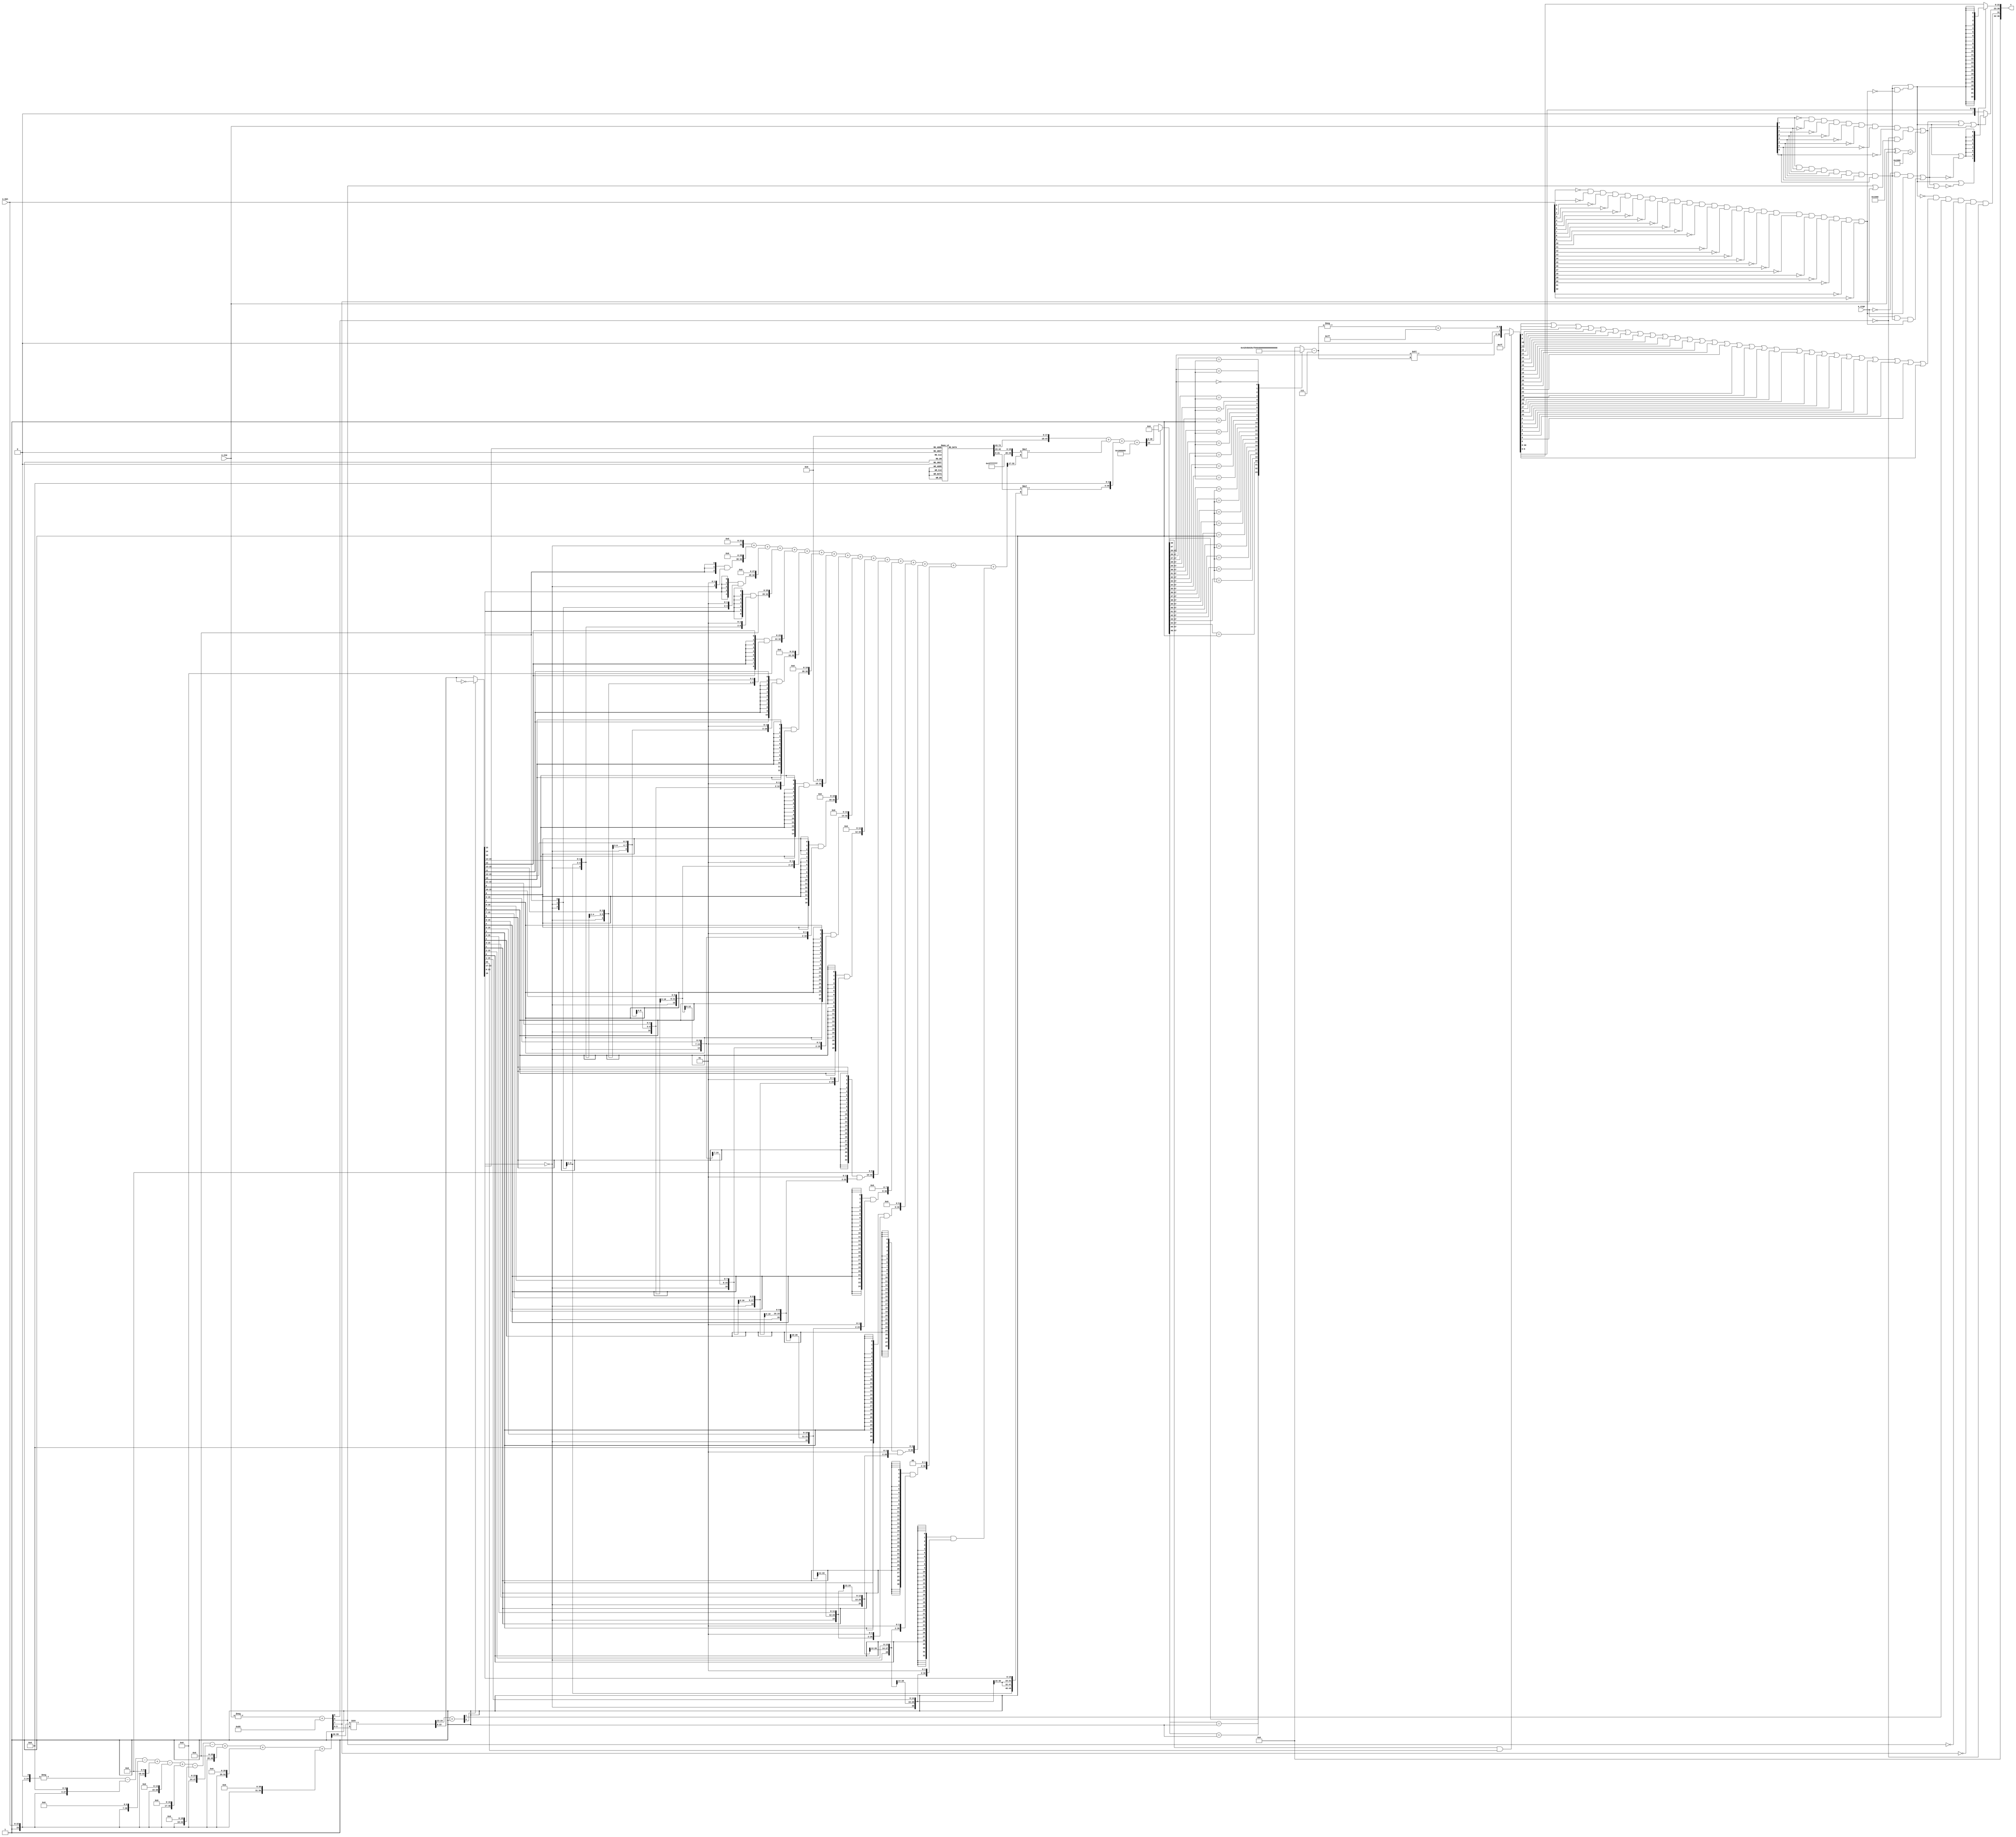
/*****************************************************************************
    Verilog RTL Description
    
    
    Created by: CellMath Designer 2019.1.01 
*******************************************************************************/

module cynw_cm_float_cos_E8_M23 (
	a_sign,
	a_exp,
	a_man,
	x
	); /* architecture "behavioural" */ 
input  a_sign;
input [7:0] a_exp;
input [22:0] a_man;
output [36:0] x;
wire  inst_cellmath__17,
	inst_cellmath__19,
	inst_cellmath__21,
	inst_cellmath__24;
wire [8:0] inst_cellmath__42;
wire  inst_cellmath__46;
wire [22:0] inst_cellmath__61;
wire  inst_cellmath__66,
	inst_cellmath__67,
	inst_cellmath__68,
	inst_cellmath__69,
	inst_cellmath__82;
wire [0:0] inst_cellmath__115__W1;
wire [29:0] inst_cellmath__195;
wire [20:0] inst_cellmath__197;
wire [32:0] inst_cellmath__198;
wire [49:0] inst_cellmath__200,
	inst_cellmath__201;
wire [30:0] inst_cellmath__210;
wire [4:0] inst_cellmath__215;
wire  inst_cellmath__219;
wire [7:0] inst_cellmath__228;
wire [22:0] inst_cellmath__231;
wire [31:0] inst_cellmath__237;
wire [0:0] inst_cellmath__46__15;
wire [2:0] inst_cellmath__58__24;
wire [0:0] inst_cellmath__83__62;
wire [20:0] inst_cellmath__197__131;
wire [31:0] inst_cellmath__211__183;
wire [5:0] inst_cellmath__211__182;
wire [53:0] inst_cellmath__220__188;
wire [6:0] inst_cellmath__221__195;
wire [0:0] inst_cellmath__223__208,
	inst_cellmath__223__199,
	inst_cellmath__224__213,
	inst_cellmath__224__212,
	inst_cellmath__225__215;
wire [7:0] inst_cellmath__226__218;
wire [0:0] inst_cellmath__228__231;
wire [55:0] inst_blk01_cellmath__39_56_0_;
wire [30:0] inst_cellmath__220_22_0__0;
wire [29:0] inst_cellmath__48_32_0_;
wire [30:0] inst_cellmath__220_22_0__2;
wire [1:0] inst_cellmath__231__242_0_0_0;
wire [72:0] inst_cellmath__195__80_0_0;
wire [23:0] inst_blk01_cellmath__39__12_10_0,
	inst_blk01_cellmath__39__12_10_1,
	inst_blk01_cellmath__39__12_10_2,
	inst_blk01_cellmath__39__12_10_3,
	inst_blk01_cellmath__39__12_10_4,
	inst_blk01_cellmath__39__12_10_5,
	inst_blk01_cellmath__39__12_10_6,
	inst_blk01_cellmath__39__12_10_7,
	inst_blk01_cellmath__39__12_10_8,
	inst_blk01_cellmath__39__12_10_9,
	inst_blk01_cellmath__39__12_10_10;
wire [16:0] inst_cellmath__113_0_0,
	inst_cellmath__113_0_1;
wire [1:0] inst_cellmath__116__W1_0_0_1_0,
	inst_cellmath__116__W1_0_0_1_1;

assign x[32] = 1'B0;

assign inst_blk01_cellmath__39__12_10_0 = {1'B1,a_man};

assign inst_blk01_cellmath__39__12_10_1 = {1'B1,a_man};

assign inst_blk01_cellmath__39__12_10_2 = {1'B1,a_man};

assign inst_blk01_cellmath__39__12_10_3 = {1'B1,a_man};

assign inst_blk01_cellmath__39__12_10_4 = {1'B1,a_man};

assign inst_blk01_cellmath__39__12_10_5 = {1'B1,a_man};

assign inst_blk01_cellmath__39__12_10_6 = {1'B1,a_man};

assign inst_blk01_cellmath__39__12_10_7 = {1'B1,a_man};

assign inst_blk01_cellmath__39__12_10_8 = {1'B1,a_man};

assign inst_blk01_cellmath__39__12_10_9 = {1'B1,a_man};

assign inst_blk01_cellmath__39__12_10_10 = {1'B1,a_man};

assign inst_blk01_cellmath__39_56_0_ = 
	-((inst_blk01_cellmath__39__12_10_9<<1))
	-((inst_blk01_cellmath__39__12_10_8<<4))
	-((inst_blk01_cellmath__39__12_10_7<<7))
	+((inst_blk01_cellmath__39__12_10_6<<10))
	-((inst_blk01_cellmath__39__12_10_5<<15))
	+((inst_blk01_cellmath__39__12_10_4<<17))
	-((inst_blk01_cellmath__39__12_10_3<<19))
	-((inst_blk01_cellmath__39__12_10_2<<24))
	+((inst_blk01_cellmath__39__12_10_1<<26))
	+((inst_blk01_cellmath__39__12_10_0<<29))
	+((inst_blk01_cellmath__39__12_10_10<<31));

assign inst_cellmath__42 = 
	-(a_exp)
	+(9'B010000101);

assign inst_cellmath__48_32_0_[24:0] = inst_blk01_cellmath__39_56_0_[55:26] >> inst_cellmath__42[5:0];

assign inst_cellmath__58__24[1:0] = 
	+(inst_cellmath__48_32_0_[24:23])
	+(2'B01);

reg [22:0] inst_cellmath__61_tmp_0;
assign inst_cellmath__61 = inst_cellmath__61_tmp_0;
always @ (inst_cellmath__58__24[0] or inst_cellmath__48_32_0_[22:0]) begin
	case (inst_cellmath__58__24[0])
		1'B0 : inst_cellmath__61_tmp_0 = inst_cellmath__48_32_0_[22:0] ;
		default : inst_cellmath__61_tmp_0 = ~inst_cellmath__48_32_0_[22:0] ;
	endcase
end

assign inst_cellmath__115__W1 = ~inst_cellmath__61[16];

assign inst_cellmath__116__W1_0_0_1_0 = {inst_cellmath__115__W1,inst_cellmath__61[15]};

assign inst_cellmath__116__W1_0_0_1_1 = {inst_cellmath__115__W1,inst_cellmath__61[15]};

assign inst_cellmath__113_0_0 = {inst_cellmath__116__W1_0_0_1_1,inst_cellmath__61[14:0]};

assign inst_cellmath__113_0_1 = {inst_cellmath__116__W1_0_0_1_0,inst_cellmath__61[14:0]};

reg [72:0] inst_cellmath__195__80_0_0_tmp_1;
assign inst_cellmath__195__80_0_0 = inst_cellmath__195__80_0_0_tmp_1;
always @ (inst_cellmath__61[22:17]) begin
	case (inst_cellmath__61[22:17])
		6'B000000 : inst_cellmath__195__80_0_0_tmp_1 = 73'B0000001100100100001110100100001111111000010000000001100100100001011000001 ;
		6'B000001 : inst_cellmath__195__80_0_0_tmp_1 = 73'B0000100101101100001100101011111111101000110000001001100100011101100000000 ;
		6'B000010 : inst_cellmath__195__80_0_0_tmp_1 = 73'B0000111110110010101101110011111111011001010001001001100100010101110000001 ;
		6'B000011 : inst_cellmath__195__80_0_0_tmp_1 = 73'B0001010111110110110100000000111111001001110011101001100100001010001000110 ;
		6'B000100 : inst_cellmath__195__80_0_0_tmp_1 = 73'B0001110000110111100001011100101110111010011000010001100011111010101010001 ;
		6'B000101 : inst_cellmath__195__80_0_0_tmp_1 = 73'B0010001001110011111000011001111110101010111111100001100011100111010101001 ;
		6'B000110 : inst_cellmath__195__80_0_0_tmp_1 = 73'B0010100010101010111011010110011110011011101010000101100011010000001010010 ;
		6'B000111 : inst_cellmath__195__80_0_0_tmp_1 = 73'B0010111011011011101100111011111110001100011000100001100010110101001010100 ;
		6'B001000 : inst_cellmath__195__80_0_0_tmp_1 = 73'B0011010100000101010000000100111101111101001011011001100010010110010110111 ;
		6'B001001 : inst_cellmath__195__80_0_0_tmp_1 = 73'B0011101100100110100111111100111101101110000011010101100001110011110000101 ;
		6'B001010 : inst_cellmath__195__80_0_0_tmp_1 = 73'B0100000100111110111000000011101101011111000000111001100001001101011001001 ;
		6'B001011 : inst_cellmath__195__80_0_0_tmp_1 = 73'B0100011101001101000100001111111101010000000100101001100000100011010001101 ;
		6'B001100 : inst_cellmath__195__80_0_0_tmp_1 = 73'B0100110101010000010000110000111101000001001111001101011111110101011100000 ;
		6'B001101 : inst_cellmath__195__80_0_0_tmp_1 = 73'B0101001101000111100010010000101100110010100001001001011111000011111010000 ;
		6'B001110 : inst_cellmath__195__80_0_0_tmp_1 = 73'B0101100100110001111101110111011100100011111010111101011110001110101101011 ;
		6'B001111 : inst_cellmath__195__80_0_0_tmp_1 = 73'B0101111100001110101001001100011100010101011101010001011101010101111000010 ;
		6'B010000 : inst_cellmath__195__80_0_0_tmp_1 = 73'B0110010011011100101010011001001100000111001000100101011100011001011100111 ;
		6'B010001 : inst_cellmath__195__80_0_0_tmp_1 = 73'B0110101010011011001000001010111011111000111101100001011011011001011101100 ;
		6'B010010 : inst_cellmath__195__80_0_0_tmp_1 = 73'B0111000001001001001001110110001011101010111100101001011010010101111100100 ;
		6'B010011 : inst_cellmath__195__80_0_0_tmp_1 = 73'B0111010111100101110111010111001011011101000110011001011001001110111100110 ;
		6'B010100 : inst_cellmath__195__80_0_0_tmp_1 = 73'B0111101101110000011001010100111011001111011011011001011000000100100000111 ;
		6'B010101 : inst_cellmath__195__80_0_0_tmp_1 = 73'B1000000011100111111001000011111011000001111100000101010110110110101011101 ;
		6'B010110 : inst_cellmath__195__80_0_0_tmp_1 = 73'B1000011001001011100000100110111010110100101001000101010101100101100000000 ;
		6'B010111 : inst_cellmath__195__80_0_0_tmp_1 = 73'B1000101110011010011010110010001010100111100010110101010100010001000001011 ;
		6'B011000 : inst_cellmath__195__80_0_0_tmp_1 = 73'B1001000011010011110011001100101010011010101001111001010010111001010010110 ;
		6'B011001 : inst_cellmath__195__80_0_0_tmp_1 = 73'B1001010111110110110110010011001010001101111110101101010001011110010111101 ;
		6'B011010 : inst_cellmath__195__80_0_0_tmp_1 = 73'B1001101100000010110001011000101010000001100001110001010000000000010011100 ;
		6'B011011 : inst_cellmath__195__80_0_0_tmp_1 = 73'B1001111111110110110010101001111001110101010011100101001110011111001001111 ;
		6'B011100 : inst_cellmath__195__80_0_0_tmp_1 = 73'B1010010011010010001001001101111001101001010100100101001100111010111110110 ;
		6'B011101 : inst_cellmath__195__80_0_0_tmp_1 = 73'B1010100110010100000101001001011001011101100101010101001011010011110101110 ;
		6'B011110 : inst_cellmath__195__80_0_0_tmp_1 = 73'B1010111000111011110111011111011001010010000110001001001001101001110010111 ;
		6'B011111 : inst_cellmath__195__80_0_0_tmp_1 = 73'B1011001011001000110010010011001001000110110111100101000111111100111010011 ;
		6'B100000 : inst_cellmath__195__80_0_0_tmp_1 = 73'B1011011100111010001000101010101000111011111010000001000110001101010000011 ;
		6'B100001 : inst_cellmath__195__80_0_0_tmp_1 = 73'B1011101110001111001110101111101000110001001101111001000100011010111001001 ;
		6'B100010 : inst_cellmath__195__80_0_0_tmp_1 = 73'B1011111111000111011001110001111000100110110011100101000010100101111001000 ;
		6'B100011 : inst_cellmath__195__80_0_0_tmp_1 = 73'B1100001111100010000000000111111000011100101011100001000000101110010100101 ;
		6'B100100 : inst_cellmath__195__80_0_0_tmp_1 = 73'B1100011111011110011001010010001000010010110110000100111110110100010000101 ;
		6'B100101 : inst_cellmath__195__80_0_0_tmp_1 = 73'B1100101110111011111101111010101000001001010011101000111100110111110001100 ;
		6'B100110 : inst_cellmath__195__80_0_0_tmp_1 = 73'B1100111101111010000111110111101000000000000100101000111010111000111100010 ;
		6'B100111 : inst_cellmath__195__80_0_0_tmp_1 = 73'B1101001100011000010010001101100111110111001001010100111000110111110101110 ;
		6'B101000 : inst_cellmath__195__80_0_0_tmp_1 = 73'B1101011010010101111001001111000111101110100010000100110110110100100010111 ;
		6'B101001 : inst_cellmath__195__80_0_0_tmp_1 = 73'B1101100111110010011010011111100111100110001111010000110100101111001000110 ;
		6'B101010 : inst_cellmath__195__80_0_0_tmp_1 = 73'B1101110100101101010100110011100111011110010001001100110010100111101100100 ;
		6'B101011 : inst_cellmath__195__80_0_0_tmp_1 = 73'B1110000001000110001000010011010111010110101000001000110000011110010011011 ;
		6'B101100 : inst_cellmath__195__80_0_0_tmp_1 = 73'B1110001100111100010110011010010111001111010100011100101110010011000010101 ;
		6'B101101 : inst_cellmath__195__80_0_0_tmp_1 = 73'B1110011000001111100001111010000111001000010110010100101100000101111111110 ;
		6'B101110 : inst_cellmath__195__80_0_0_tmp_1 = 73'B1110100010111111001110111010000111000001101110001000101001110111010000000 ;
		6'B101111 : inst_cellmath__195__80_0_0_tmp_1 = 73'B1110101101001011000010111010000110111011011100000100100111100110111001000 ;
		6'B110000 : inst_cellmath__195__80_0_0_tmp_1 = 73'B1110110110110010100100110001000110110101100000011000100101010101000000010 ;
		6'B110001 : inst_cellmath__195__80_0_0_tmp_1 = 73'B1110111111110101011100110001000110101111111011010100100011000001101011011 ;
		6'B110010 : inst_cellmath__195__80_0_0_tmp_1 = 73'B1111001000010011010100100101100110101010101101000100100000101101000000001 ;
		6'B110011 : inst_cellmath__195__80_0_0_tmp_1 = 73'B1111010000001011110111010101110110100101110101110100011110010111000100001 ;
		6'B110100 : inst_cellmath__195__80_0_0_tmp_1 = 73'B1111010111011110110001100100100110100001010101110100011011111111111101010 ;
		6'B110101 : inst_cellmath__195__80_0_0_tmp_1 = 73'B1111011110001011110001010010000110011101001101001100011001100111110001010 ;
		6'B110110 : inst_cellmath__195__80_0_0_tmp_1 = 73'B1111100100010010100101111011110110011001011100000100010111001110100110001 ;
		6'B110111 : inst_cellmath__195__80_0_0_tmp_1 = 73'B1111101001110011000000011101100110010110000010101100010100110100100001101 ;
		6'B111000 : inst_cellmath__195__80_0_0_tmp_1 = 73'B1111101110101100110011010001110110010011000001001000010010011001101001110 ;
		6'B111001 : inst_cellmath__195__80_0_0_tmp_1 = 73'B1111110010111111110010010010100110010000010111100000001111111110000100100 ;
		6'B111010 : inst_cellmath__195__80_0_0_tmp_1 = 73'B1111110110101011110010111000110110001110000101111100001101100001110111111 ;
		6'B111011 : inst_cellmath__195__80_0_0_tmp_1 = 73'B1111111001110000101011111110110110001100001100100000001011000101001001111 ;
		6'B111100 : inst_cellmath__195__80_0_0_tmp_1 = 73'B1111111100001110010101111110010110001010101011010000001000101000000000100 ;
		6'B111101 : inst_cellmath__195__80_0_0_tmp_1 = 73'B1111111110000100101010110010110110001001100010010000000110001010100001111 ;
		6'B111110 : inst_cellmath__195__80_0_0_tmp_1 = 73'B1111111111010011100101111000000110001000110001100100000011101100110100000 ;
		default : inst_cellmath__195__80_0_0_tmp_1 = 73'B1111111111111011000100001011010110001000011001001100000001001110111101000 ;
	endcase
end

assign inst_cellmath__195[29:4] = inst_cellmath__195__80_0_0[72:47];

assign inst_cellmath__195[3:0] = inst_cellmath__195__80_0_0[46:43];

assign inst_cellmath__197__131[20] = 1'B1;

assign inst_cellmath__197[2:0] = inst_cellmath__195__80_0_0[25:23];

assign inst_cellmath__197__131[19:0] = inst_cellmath__195__80_0_0[42:23];

assign inst_cellmath__197[20:18] = inst_cellmath__197__131[20:18];

assign inst_cellmath__197[17:3] = inst_cellmath__195__80_0_0[40:26];

assign inst_cellmath__198 = 
	+(
		 (({1{inst_cellmath__113_0_0[16]}}&{1'B1}) << 32)
		+(({3{inst_cellmath__113_0_0[15]}}&{inst_cellmath__113_0_0[16],1'B0,1'B1}) << 30)
		+(({5{inst_cellmath__113_0_0[14]}}&{{{1{inst_cellmath__113_0_0[16]}}, inst_cellmath__113_0_0[16:15]},1'B0,1'B1}) << 28)
		+(({7{inst_cellmath__113_0_0[13]}}&{{{2{inst_cellmath__113_0_0[16]}}, inst_cellmath__113_0_0[16:14]},1'B0,1'B1}) << 26)
		+(({9{inst_cellmath__113_0_0[12]}}&{{{3{inst_cellmath__113_0_0[16]}}, inst_cellmath__113_0_0[16:13]},1'B0,1'B1}) << 24)
		+(({11{inst_cellmath__113_0_0[11]}}&{{{4{inst_cellmath__113_0_0[16]}}, inst_cellmath__113_0_0[16:12]},1'B0,1'B1}) << 22)
		+(({13{inst_cellmath__113_0_0[10]}}&{{{5{inst_cellmath__113_0_0[16]}}, inst_cellmath__113_0_0[16:11]},1'B0,1'B1}) << 20)
		+(({15{inst_cellmath__113_0_0[9]}}&{{{6{inst_cellmath__113_0_0[16]}}, inst_cellmath__113_0_0[16:10]},1'B0,1'B1}) << 18)
		+(({17{inst_cellmath__113_0_0[8]}}&{{{7{inst_cellmath__113_0_0[16]}}, inst_cellmath__113_0_0[16:9]},1'B0,1'B1}) << 16)
		+(({19{inst_cellmath__113_0_0[7]}}&{{{8{inst_cellmath__113_0_0[16]}}, inst_cellmath__113_0_0[16:8]},1'B0,1'B1}) << 14)
		+(({21{inst_cellmath__113_0_0[6]}}&{{{9{inst_cellmath__113_0_0[16]}}, inst_cellmath__113_0_0[16:7]},1'B0,1'B1}) << 12)
		+(({23{inst_cellmath__113_0_0[5]}}&{{{10{inst_cellmath__113_0_0[16]}}, inst_cellmath__113_0_0[16:6]},1'B0,1'B1}) << 10)
		+(({25{inst_cellmath__113_0_0[4]}}&{{{11{inst_cellmath__113_0_0[16]}}, inst_cellmath__113_0_0[16:5]},1'B0,1'B1}) << 8)
		+(({27{inst_cellmath__113_0_0[3]}}&{{{12{inst_cellmath__113_0_0[16]}}, inst_cellmath__113_0_0[16:4]},1'B0,1'B1}) << 6)
		+(({29{inst_cellmath__113_0_0[2]}}&{{{13{inst_cellmath__113_0_0[16]}}, inst_cellmath__113_0_0[16:3]},1'B0,1'B1}) << 4)
		+(({31{inst_cellmath__113_0_0[1]}}&{{{14{inst_cellmath__113_0_0[16]}}, inst_cellmath__113_0_0[16:2]},1'B0,1'B1}) << 2)
		+(({33{inst_cellmath__113_0_0[0]}}&{{{15{inst_cellmath__113_0_0[16]}}, inst_cellmath__113_0_0[16:1]},1'B0,1'B1}) << 0)
	);

wire [49:0] inst_cellmath__201_tmp_2;
wire [49:0] inst_cellmath__201_tmp_3;
wire [49:0] inst_cellmath__201_tmp_4;
assign inst_cellmath__201_tmp_4 = 
	+((inst_cellmath__195<<18));
assign inst_cellmath__201_tmp_3 = inst_cellmath__201_tmp_4
	+({{29{inst_cellmath__197[20]}}, inst_cellmath__197} * inst_cellmath__198[32:17]);
assign inst_cellmath__201_tmp_2 = inst_cellmath__201_tmp_3
	+((inst_cellmath__195__80_0_0[21:0] * {{33{inst_cellmath__113_0_1[16]}}, inst_cellmath__113_0_1})<<4);
assign inst_cellmath__201 = inst_cellmath__201_tmp_2
	+(50'B00000000000000000000000001000000000000000000000000);

reg [48:0] inst_cellmath__200_48_0_;
assign inst_cellmath__200[48:0] = inst_cellmath__200_48_0_;
always @ (inst_cellmath__201[49] or inst_cellmath__201[48:0]) begin
	case (inst_cellmath__201[49])
		1'B0 : inst_cellmath__200_48_0_ = inst_cellmath__201[48:0] ;
		default : inst_cellmath__200_48_0_ = {49{1'b0}} ;
	endcase
end

assign inst_cellmath__210 = {{8{1'B0}}, inst_cellmath__200[47:25]};

assign inst_cellmath__17 = 
	((~a_exp[7]))
	&((~a_exp[0]))
	&((~a_exp[1]))
	&((~a_exp[2]))
	&((~a_exp[3]))
	&((~a_exp[4]))
	&((~a_exp[5]))
	&((~a_exp[6]));

assign inst_cellmath__46__15 = 
	(inst_cellmath__42[6])
	|(inst_cellmath__42[7]);

assign inst_cellmath__46 = 
	((~inst_cellmath__42[8]))
	&(inst_cellmath__46__15);

assign inst_cellmath__21 = ((13'B1000000000000 ^ a_exp)<(13'B1000000000000 ^ 13'B0000001100110));

assign inst_cellmath__83__62 = 
	(inst_cellmath__17)
	|(inst_cellmath__46)
	|(inst_cellmath__21);

assign inst_cellmath__19 = 
	(a_exp[7])
	&(a_exp[0])
	&(a_exp[1])
	&(a_exp[2])
	&(a_exp[3])
	&(a_exp[4])
	&(a_exp[5])
	&(a_exp[6]);

assign inst_cellmath__24 = 
	((~a_man[0]))
	&((~a_man[1]))
	&((~a_man[2]))
	&((~a_man[3]))
	&((~a_man[4]))
	&((~a_man[5]))
	&((~a_man[6]))
	&((~a_man[7]))
	&((~a_man[8]))
	&((~a_man[9]))
	&((~a_man[10]))
	&((~a_man[11]))
	&((~a_man[12]))
	&((~a_man[13]))
	&((~a_man[14]))
	&((~a_man[15]))
	&((~a_man[16]))
	&((~a_man[17]))
	&((~a_man[18]))
	&((~a_man[19]))
	&((~a_man[20]))
	&((~a_man[21]))
	&((~a_man[22]));

assign inst_cellmath__69 = 
	(inst_cellmath__19)
	&((~inst_cellmath__24));

assign inst_cellmath__82 = 
	(inst_cellmath__19)
	|(inst_cellmath__69);

assign inst_cellmath__66 = 
	((~a_sign))
	&(inst_cellmath__19)
	&(inst_cellmath__24);

assign inst_cellmath__67 = 
	(a_sign)
	&(inst_cellmath__19)
	&(inst_cellmath__24);

assign inst_cellmath__68 = 
	(inst_cellmath__66)
	|(inst_cellmath__67);

assign inst_cellmath__228__231 = 
	(inst_cellmath__83__62)
	|(inst_cellmath__82)
	|(inst_cellmath__68);

assign inst_cellmath__231__242_0_0_0 = {inst_cellmath__228__231,inst_cellmath__200[46]};

assign inst_cellmath__219 = 
	(inst_cellmath__200[48])
	&(inst_cellmath__61[22]);

assign inst_cellmath__211__183 = {inst_cellmath__210,1'B1};

reg [4:0] inst_cellmath__211__182_4_0_;
assign inst_cellmath__211__182[4:0] = inst_cellmath__211__182_4_0_;
always @ (inst_cellmath__211__183) begin
	casez (inst_cellmath__211__183)
		32'B01?????????????????????????????? : inst_cellmath__211__182_4_0_ = 5'B00001 ;
		32'B001????????????????????????????? : inst_cellmath__211__182_4_0_ = 5'B00010 ;
		32'B0001???????????????????????????? : inst_cellmath__211__182_4_0_ = 5'B00011 ;
		32'B00001??????????????????????????? : inst_cellmath__211__182_4_0_ = 5'B00100 ;
		32'B000001?????????????????????????? : inst_cellmath__211__182_4_0_ = 5'B00101 ;
		32'B0000001????????????????????????? : inst_cellmath__211__182_4_0_ = 5'B00110 ;
		32'B00000001???????????????????????? : inst_cellmath__211__182_4_0_ = 5'B00111 ;
		32'B000000001??????????????????????? : inst_cellmath__211__182_4_0_ = 5'B01000 ;
		32'B0000000001?????????????????????? : inst_cellmath__211__182_4_0_ = 5'B01001 ;
		32'B00000000001????????????????????? : inst_cellmath__211__182_4_0_ = 5'B01010 ;
		32'B000000000001???????????????????? : inst_cellmath__211__182_4_0_ = 5'B01011 ;
		32'B0000000000001??????????????????? : inst_cellmath__211__182_4_0_ = 5'B01100 ;
		32'B00000000000001?????????????????? : inst_cellmath__211__182_4_0_ = 5'B01101 ;
		32'B000000000000001????????????????? : inst_cellmath__211__182_4_0_ = 5'B01110 ;
		32'B0000000000000001???????????????? : inst_cellmath__211__182_4_0_ = 5'B01111 ;
		32'B00000000000000001??????????????? : inst_cellmath__211__182_4_0_ = 5'B10000 ;
		32'B000000000000000001?????????????? : inst_cellmath__211__182_4_0_ = 5'B10001 ;
		32'B0000000000000000001????????????? : inst_cellmath__211__182_4_0_ = 5'B10010 ;
		32'B00000000000000000001???????????? : inst_cellmath__211__182_4_0_ = 5'B10011 ;
		32'B000000000000000000001??????????? : inst_cellmath__211__182_4_0_ = 5'B10100 ;
		32'B0000000000000000000001?????????? : inst_cellmath__211__182_4_0_ = 5'B10101 ;
		32'B00000000000000000000001????????? : inst_cellmath__211__182_4_0_ = 5'B10110 ;
		32'B000000000000000000000001???????? : inst_cellmath__211__182_4_0_ = 5'B10111 ;
		32'B0000000000000000000000001??????? : inst_cellmath__211__182_4_0_ = 5'B11000 ;
		32'B00000000000000000000000001?????? : inst_cellmath__211__182_4_0_ = 5'B11001 ;
		32'B000000000000000000000000001????? : inst_cellmath__211__182_4_0_ = 5'B11010 ;
		32'B0000000000000000000000000001???? : inst_cellmath__211__182_4_0_ = 5'B11011 ;
		32'B00000000000000000000000000001??? : inst_cellmath__211__182_4_0_ = 5'B11100 ;
		32'B000000000000000000000000000001?? : inst_cellmath__211__182_4_0_ = 5'B11101 ;
		32'B0000000000000000000000000000001? : inst_cellmath__211__182_4_0_ = 5'B11110 ;
		32'B00000000000000000000000000000001 : inst_cellmath__211__182_4_0_ = 5'B11111 ;
		default : inst_cellmath__211__182_4_0_ = 5'B00000 ;
	endcase
end

assign inst_cellmath__215 = 
	+(inst_cellmath__211__182[4:0])
	-(5'B00111);

assign inst_cellmath__220__188[22:0] = inst_cellmath__200[47:25] << inst_cellmath__215;

assign inst_cellmath__221__195 = 
	-(inst_cellmath__215)
	+(7'B1111111);

assign inst_cellmath__220_22_0__0 = {inst_cellmath__220__188[22:0],1'B0,inst_cellmath__221__195};

reg [30:0] inst_cellmath__220_22_0__2_tmp_5;
assign inst_cellmath__220_22_0__2 = inst_cellmath__220_22_0__2_tmp_5;
always @ (inst_cellmath__219 or inst_cellmath__220_22_0__0) begin
	case (inst_cellmath__219)
		1'B0 : inst_cellmath__220_22_0__2_tmp_5 = inst_cellmath__220_22_0__0 ;
		default : inst_cellmath__220_22_0__2_tmp_5 = 31'B0000000000000000000000001111111 ;
	endcase
end

assign inst_cellmath__223__208 = 
	(inst_cellmath__220_22_0__2[8])
	|(inst_cellmath__220_22_0__2[9])
	|(inst_cellmath__220_22_0__2[10])
	|(inst_cellmath__220_22_0__2[11])
	|(inst_cellmath__220_22_0__2[12])
	|(inst_cellmath__220_22_0__2[13])
	|(inst_cellmath__220_22_0__2[14])
	|(inst_cellmath__220_22_0__2[15])
	|(inst_cellmath__220_22_0__2[16])
	|(inst_cellmath__220_22_0__2[17])
	|(inst_cellmath__220_22_0__2[18])
	|(inst_cellmath__220_22_0__2[19])
	|(inst_cellmath__220_22_0__2[20])
	|(inst_cellmath__220_22_0__2[21])
	|(inst_cellmath__220_22_0__2[22])
	|(inst_cellmath__220_22_0__2[23])
	|(inst_cellmath__220_22_0__2[24])
	|(inst_cellmath__220_22_0__2[25])
	|(inst_cellmath__220_22_0__2[26])
	|(inst_cellmath__220_22_0__2[27])
	|(inst_cellmath__220_22_0__2[28])
	|(inst_cellmath__220_22_0__2[29])
	|(inst_cellmath__220_22_0__2[0])
	|(inst_cellmath__220_22_0__2[1])
	|(inst_cellmath__220_22_0__2[2])
	|(inst_cellmath__220_22_0__2[3])
	|(inst_cellmath__220_22_0__2[4])
	|(inst_cellmath__220_22_0__2[5])
	|(inst_cellmath__220_22_0__2[6]);

assign inst_cellmath__223__199 = 
	((~inst_cellmath__82))
	&(inst_cellmath__223__208)
	&(inst_cellmath__58__24[1])
	&((~inst_cellmath__42[6]))
	&((~inst_cellmath__42[7]))
	&((~inst_cellmath__42[8]));

assign inst_cellmath__224__213 = 
	(inst_cellmath__68)
	|(inst_cellmath__83__62);

assign inst_cellmath__224__212 = 
	(inst_cellmath__82)
	|((~inst_cellmath__224__213));

assign inst_cellmath__225__215 = 
	(inst_cellmath__82)
	|((~inst_cellmath__68));

assign inst_cellmath__226__218 = {inst_cellmath__224__212,inst_cellmath__225__215,inst_cellmath__225__215,inst_cellmath__225__215,inst_cellmath__225__215,inst_cellmath__225__215,inst_cellmath__225__215,inst_cellmath__225__215};

reg [7:0] inst_cellmath__228_tmp_6;
assign inst_cellmath__228 = inst_cellmath__228_tmp_6;
always @ (inst_cellmath__228__231 or inst_cellmath__220_22_0__2[6:0] or inst_cellmath__226__218) begin
	case (inst_cellmath__228__231)
		1'B0 : inst_cellmath__228_tmp_6 = inst_cellmath__220_22_0__2[6:0] ;
		default : inst_cellmath__228_tmp_6 = inst_cellmath__226__218 ;
	endcase
end

reg [22:0] inst_cellmath__231_tmp_7;
assign inst_cellmath__231 = inst_cellmath__231_tmp_7;
always @ (inst_cellmath__231__242_0_0_0 or inst_cellmath__220_22_0__2[30:8] or inst_cellmath__82) begin
	casez (inst_cellmath__231__242_0_0_0)
		2'B0? : inst_cellmath__231_tmp_7 = inst_cellmath__220_22_0__2[30:8] ;
		default : inst_cellmath__231_tmp_7 = {{22{inst_cellmath__82}}, inst_cellmath__82} ;
	endcase
end

assign inst_cellmath__237 = {inst_cellmath__223__199,inst_cellmath__228,inst_cellmath__231};

assign x[31:0] = inst_cellmath__237;

assign x[36:33] = 4'B0000;
endmodule

/* CADENCE  ubjwSArWqg== : u9/ySgnWtBlWxVPRXgAZ4Og= ** DO NOT EDIT THIS LINE **/